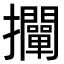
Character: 𢺛